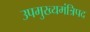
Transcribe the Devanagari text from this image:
उपमुख्यमंत्रिपद